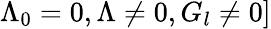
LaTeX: \Lambda_{0}=0,\Lambda\neq 0,G_{l}\neq 0]